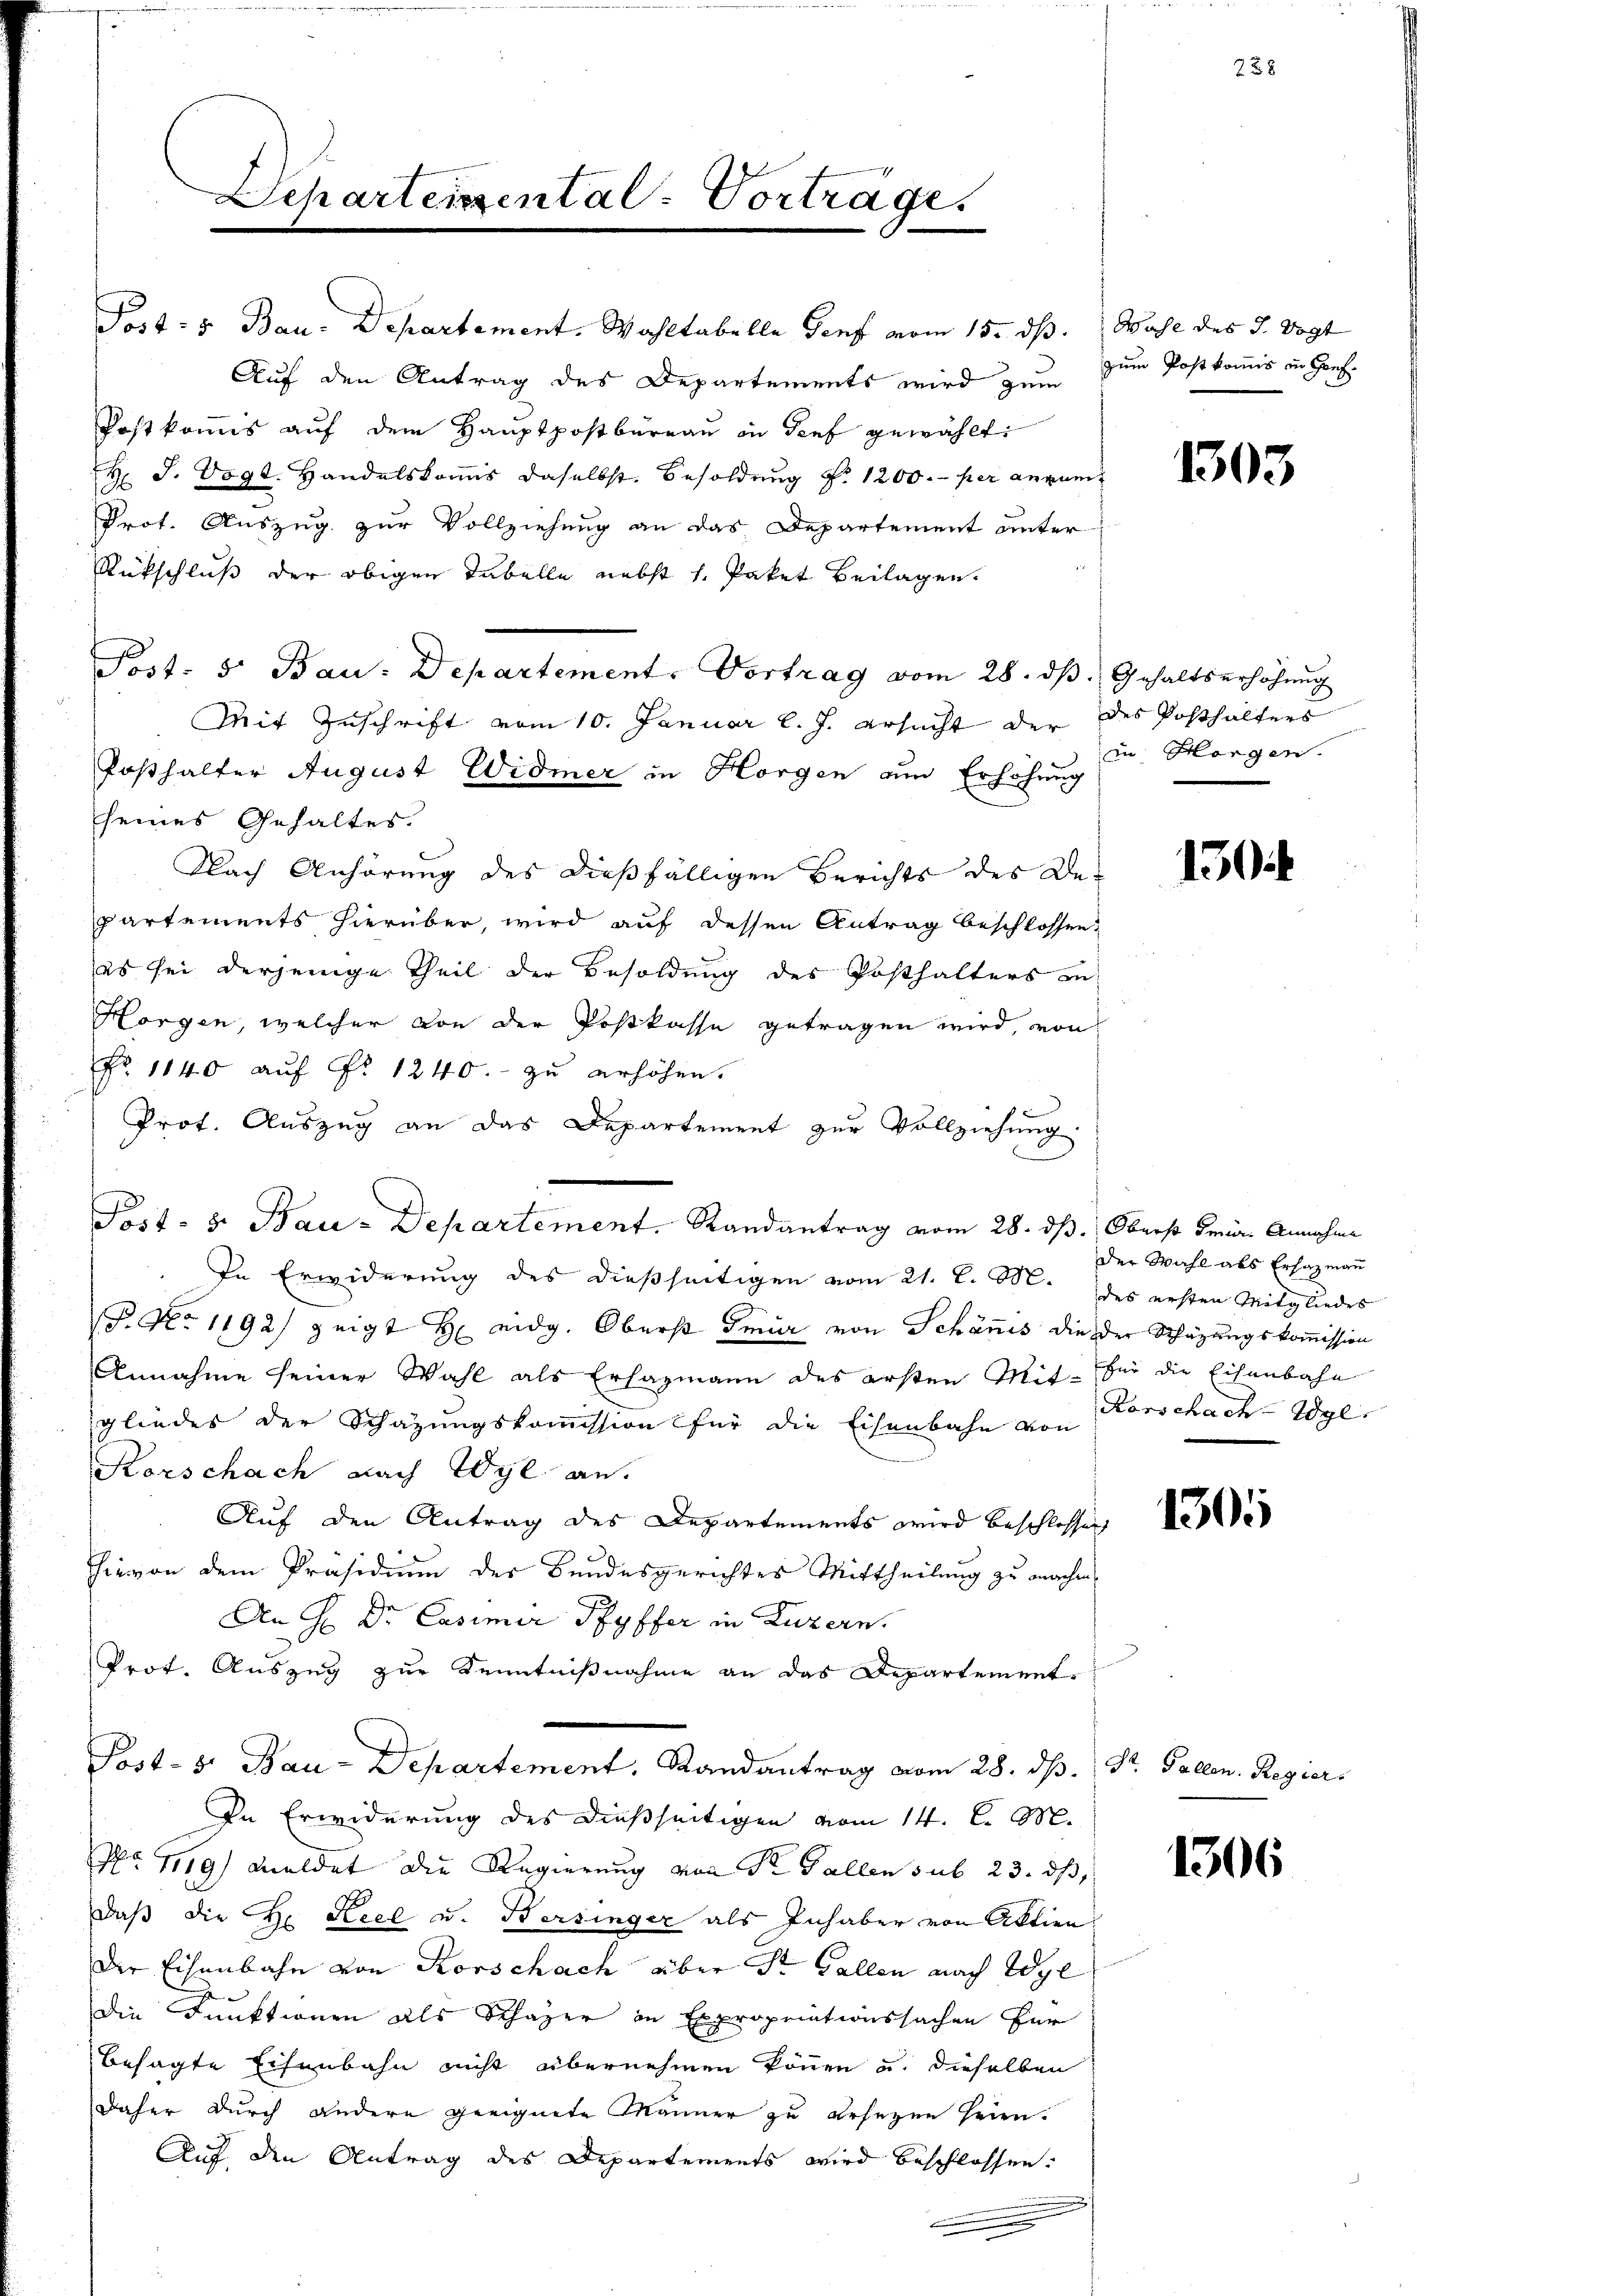
Post- u Bau-Departement. Wahltabelle Genf vom 15. ds. Wahl des J. Vogt
Auf den Antrag des Departements wird zum zum Postkommis in Hof-
Postkommis auf dem Hauptpostbüreaŭ in dief gewählt:
H. J. Vogt. Handelskomis daselbst. Besoldung Nr. 1200.- per angem
Prot. Auszug zur Vollziehung an das Departement unter-
Rückschluß der obigen Tabelle nebst 1. Paket Beilagen.
Post. 5. Bau-Departement. Vortrag vom 28. dβ. Gehaltserhöhŭng
Mit Zuschrift vom 10. Januar l. J. ersucht der
Posthalter August Widmer in Horgen am Erhöhung
seines Gehaltes.
Nach Anhörung des dießfälligen Berichts des De-
partements hierüber, wird auf dessen Antrag beschlossen,
es sei derjenige Theil der Besoldung des Posthalters in
Horgen, welcher von der Postkasse getragen wird, von
Fr. 1140 aŭf Fr. 1240. zu erhöhen.
Prot. Auszug an das Departement zur Vollziehung
Post- u. Bau-Departement. Randantrag vom 28. ds. Oberst Für Annahme
In Erwiderung des dießseitigen vom 21. d. M. des ersten Mitgliedes
P. No 1192) zeigt H eidg. Oberst mir von Schönes die der Schazungskommission
Annahme seiner Wahl als Erhazmann des ersten Mit- für die Eisenbahn
gliedes der Schazungskommission für die Eisenbahn von
Korschach nach Wyl an.
Auf den Antrag des Departements wird beschlossen
hievon dem Präsidium der Bundesgerichtes Mittheilung zu machen,
An H: Dr. Casimir Pfyffer in Luzern.
Prot. Auszug zur Kenntnißnahme an das Departement-
Post- u. Bau-Departement, Randantrag vom 28. ds. Dr. Gallen. Regier
In Erwiderung des dießseitigen vom 14. d. M.
No. 4119) Meldet die Regierung von Sr. Gallen sub 23. ds
daß die Hr. Keel u. Bersinger als Inhaber von Aktien
Der Eisenbahn von Rorschach über St. Gallen nach Wyl
die Funktionen als Schazer in Expropriationssachen für
besagte Eisenbahn nicht übernehmen können u. dieselben
daher durch andere geeignete Männer zu besezen seien.
Auf den Antrag des Departements wird beschlossen.
.
.

Scharteisental-Vorträge.

1303

des Posthalters
in Horgen.

130

der Wahl als Erhazmann
Karschach. Vgl.

1305

228

1306